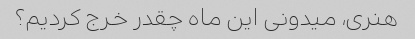
هنری، میدونی این ماه چقدر خرج کردیم؟